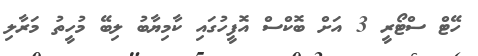
ހޭޓް ސްޓޯރީ 3 އަށް ބޮކްސް އޮފީހުގައި ކާމިޔާބު ލިބޭ މުހީތު މަރާލި